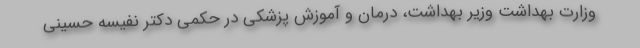
وزارت بهداشت وزیر بهداشت، درمان و آموزش پزشکی در حکمی دکتر نفیسه حسینی